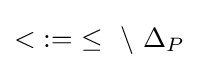
<\;:=\ \leq \ \setminus \ \Delta _{P}